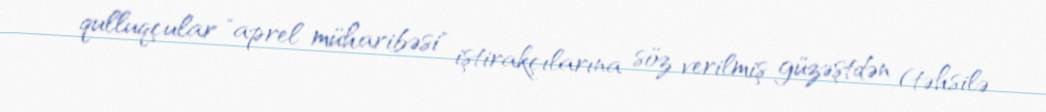
qulluqçular "aprel müharibəsi" iştirakçılarına söz verilmiş güzəştdən (təhsilə